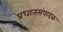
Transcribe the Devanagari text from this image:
प्रधानसंपादक